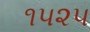
૧૫૨૫